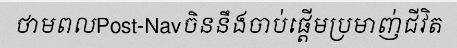
ថាមពលPost-Navចិននឹងចាប់ផ្តើមប្រមាញ់ជីវិត